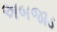
અબજાડ